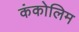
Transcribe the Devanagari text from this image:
कंकोलिम